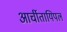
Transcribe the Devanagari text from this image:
आर्चीतायिपल